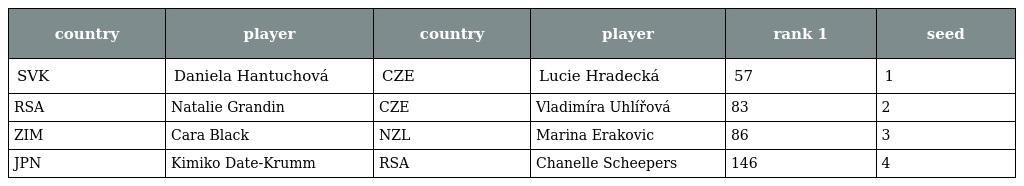
| country | player | country | player | rank 1 | seed |
 | --- | --- | --- | --- | --- | --- |
 | SVK | Daniela Hantuchová | CZE | Lucie Hradecká | 57 | 1 |
 | RSA | Natalie Grandin | CZE | Vladimíra Uhlířová | 83 | 2 |
 | ZIM | Cara Black | NZL | Marina Erakovic | 86 | 3 |
 | JPN | Kimiko Date-Krumm | RSA | Chanelle Scheepers | 146 | 4 |